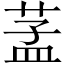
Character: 䓝